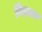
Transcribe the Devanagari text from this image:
विश्वय